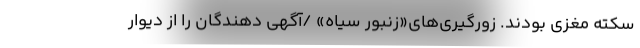
سکته مغزی بودند. زورگیری‌های«زنبور سیاه» /آگهی دهندگان را از دیوار